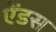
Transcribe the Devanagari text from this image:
ऐंडस